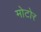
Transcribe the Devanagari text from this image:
मोटोर